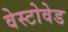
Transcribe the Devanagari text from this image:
वेस्टोवेड